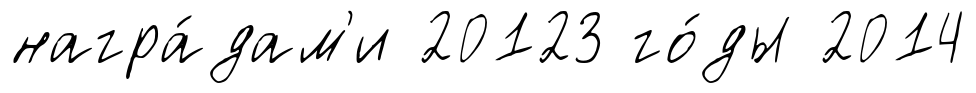
награ́дам'и 20123 го́ды 2014